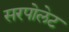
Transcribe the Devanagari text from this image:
सरपोलेट